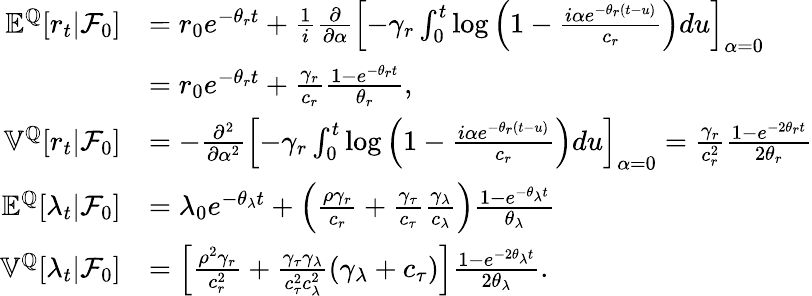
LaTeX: \begin{array}{rl}{{\mathbb E}^{{\mathbb Q}}[r_{t}|{\mathcal F}_{0}]}&{=r_{0}e^{-\theta_{r}t}+\frac{1}{i}\frac{\partial}{\partial\alpha}\left[-\gamma_{r}\int_{0}^{t}\log\left(1-\frac{i\alpha e^{-\theta_{r}(t-u)}}{c_{r}}\right)du\right]_{\alpha=0}}\\ &{=r_{0}e^{-\theta_{r}t}+\frac{\gamma_{r}}{c_{r}}\frac{1-e^{-\theta_{r}t}}{\theta_{r}},}\\ {\mathbb{V}^{{\mathbb Q}}[r_{t}|{\mathcal F}_{0}]}&{=-\frac{\partial^{2}}{\partial\alpha^{2}}\left[-\gamma_{r}\int_{0}^{t}\log\left(1-\frac{i\alpha e^{-\theta_{r}(t-u)}}{c_{r}}\right)du\right]_{\alpha=0}=\frac{\gamma_{r}}{c_{r}^{2}}\frac{1-e^{-2\theta_{r}t}}{2\theta_{r}}}\\ {{\mathbb E}^{{\mathbb Q}}[\lambda_{t}|{\mathcal F}_{0}]}&{=\lambda_{0}e^{-\theta_{\lambda}t}+\left(\frac{\rho\gamma_{r}}{c_{r}}+\frac{\gamma_{\tau}}{c_{\tau}}\frac{\gamma_{\lambda}}{c_{\lambda}}\right)\frac{1-e^{-\theta_{\lambda}t}}{\theta_{\lambda}}}\\ {\mathbb{V}^{{\mathbb Q}}[\lambda_{t}|{\mathcal F}_{0}]}&{=\left[\frac{\rho^{2}\gamma_{r}}{c_{r}^{2}}+\frac{\gamma_{\tau}\gamma_{\lambda}}{c_{\tau}^{2}c_{\lambda}^{2}}\left(\gamma_{\lambda}+c_{\tau}\right)\right]\frac{1-e^{-2\theta_{\lambda}t}}{2\theta_{\lambda}}.}\end{array}